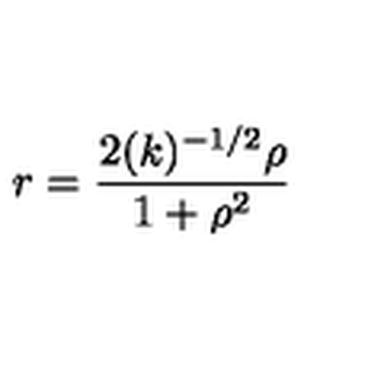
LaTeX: r = \frac { 2 ( k ) ^ { - 1 / 2 } { \rho } } { 1 + { \rho } ^ { 2 } }